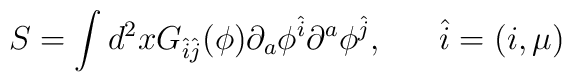
S=\int d^{2}x G_{\hat{i}\hat{j}}(\phi)\partial_{a}\phi^{\hat{i}}\partial^{a}\phi^{\hat{j}},~~~~~\hat{i}=(i,\mu)